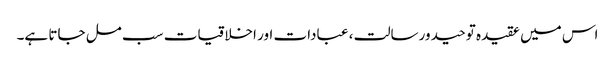
اس میں عقیدہ توحید ورسالت ، عبادات اور اخلاقیات سب مل جاتا ہے۔